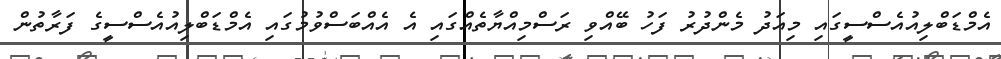
އެމްޑަބްލިއުއެސްސީގައި މިއަދު މެންދުރު ފަހު ބޭއްވި ރަސްމިއްޔާތެއްގައި އެ އެއްބަސްވުމުގައި އެމްޑަބްލިއުއެސްސީގެ ފަރާތުން